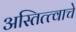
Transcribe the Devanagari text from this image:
अस्तित्त्वाचे